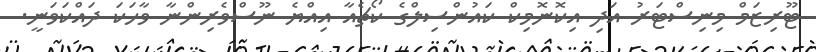
ޓޫރިޒަމް މިނިސްޓަރު އަދި އިކޮނޮމިކް ކައުންސިލްގެ ކޯޗެއާ އިއްޔެ ނޫސްވެރިންނާ ވާހަކަ ދައްކަވަނީ.